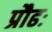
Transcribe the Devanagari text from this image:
प्रौढः